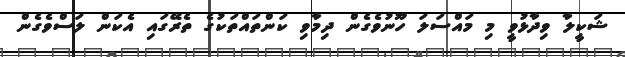
ޝަކީލާ ވިދާޅުވީ މި މައްސަލަ ހޫނުވެގެން ދިމާވި ކަންތައްތަކުގެ ތެރޭގައި އެކަން ލަސްވެގެން